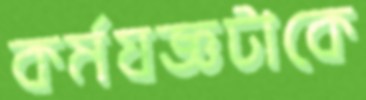
কর্মযজ্ঞটাকে